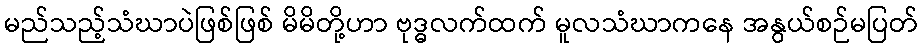
မည်သည့်သံဃာပဲဖြစ်ဖြစ် မိမိတို့ဟာ ဗုဒ္ဓလက်ထက် မူလသံဃာကနေ အနွယ်စဉ်မပြတ်